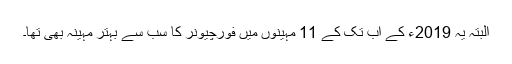
البتہ یہ 2019ء کے اب تک کے 11 مہینوں میں فورچیونر کا سب سے بہتر مہینہ بھی تھا۔